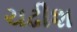
ચઢીશ